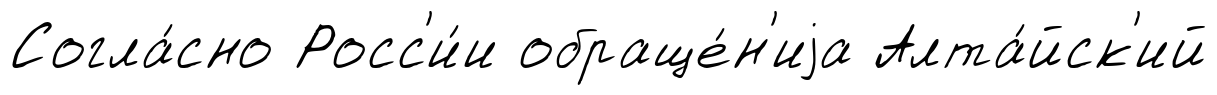
Согла́сно Росс'и́и обраще́н'иjа Алта́йск'ий